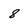
Character: 8